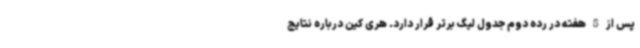
پس از 8 هفته در رده دوم جدول لیگ برتر قرار دارد. هری کین درباره نتایج